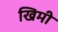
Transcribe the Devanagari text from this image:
खिमी